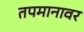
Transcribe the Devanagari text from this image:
तपमानावर